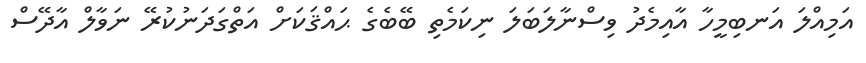
އަމިއްލަ އަނބިމީހާ އާއިމެދު ވިސްނާލަބަލަ ނިކަމެތި ބޭބެގެ ޙައްޤަކަށް އަތްގަދަނުކުރޭ ނަވާލް އާދޭސް